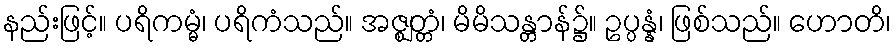
နည်းဖြင့်။ ပရိကမ္မံ၊ ပရိကံသည်။ အဇ္ဈတ္တံ၊ မိမိသန္တာန်၌။ ဥပ္ပန္နံ၊ ဖြစ်သည်။ ဟောတိ၊